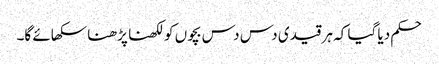
حکم دیا گیا کہ ہر قیدی دس دس بچوں کو لکھنا پڑھنا سکھائے گا۔